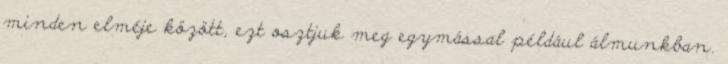
minden elméje között, ezt osztjuk meg egymással például álmunkban.